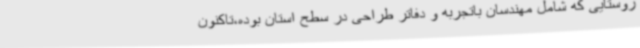
روستایی که شامل مهندسان باتجربه و دفاتر طراحی در سطح استان بوده،تاکنون